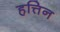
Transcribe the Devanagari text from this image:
हत्तिन